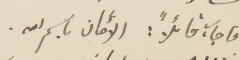
فأجاب قائلًأ: الأمان باسم الله.